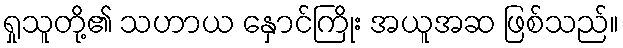
ရှုသူတို့၏ သဟာယ နှောင်ကြိုး အယူအဆ ဖြစ်သည်။